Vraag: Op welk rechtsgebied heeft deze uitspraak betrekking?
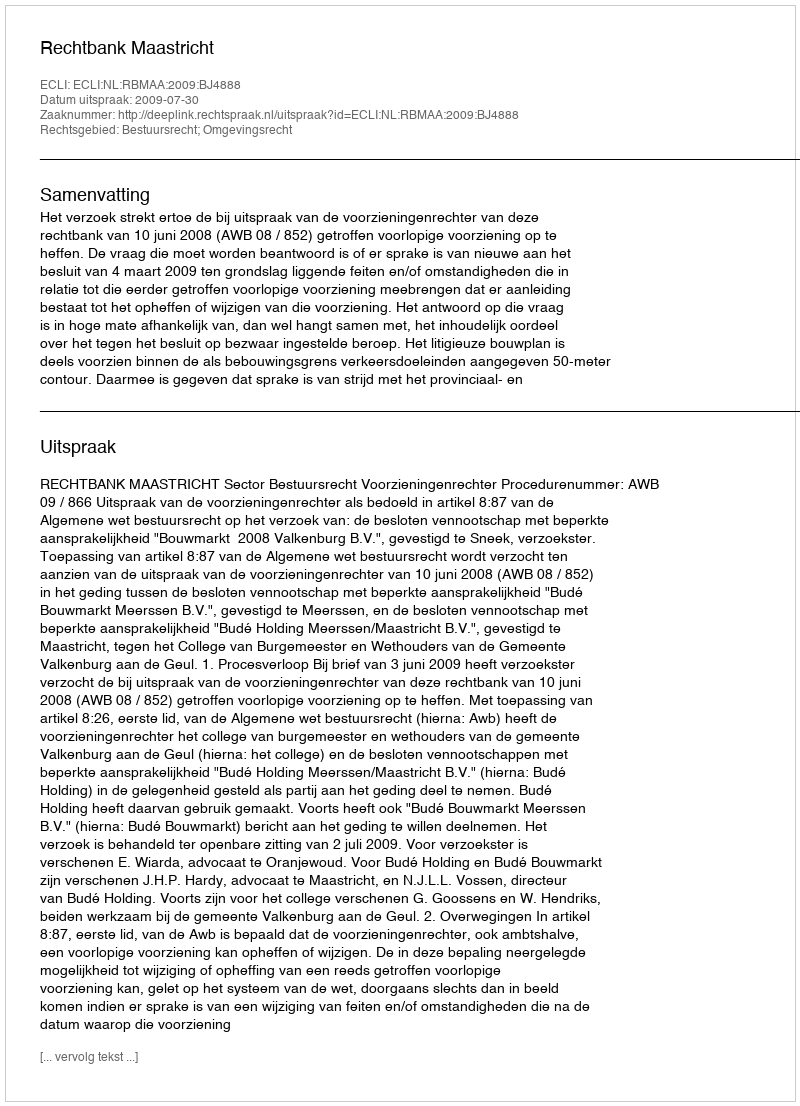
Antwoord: Bestuursrecht; Omgevingsrecht